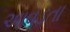
આવડતા